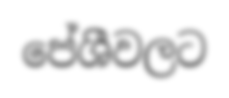
පේශීවලට